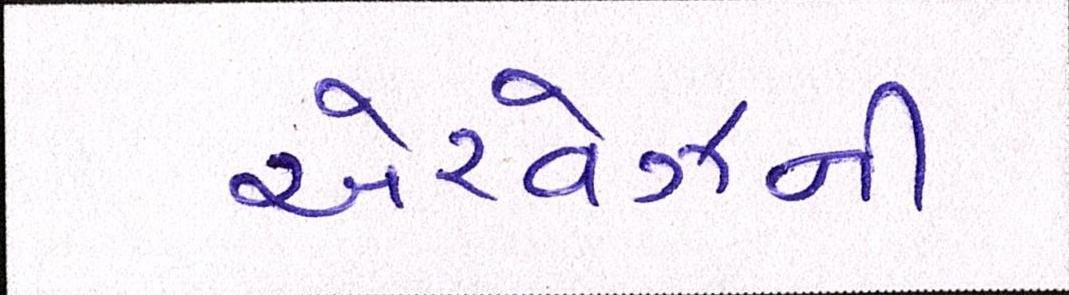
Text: એરવેઝની